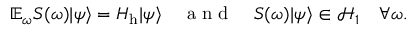
\mathbb { E } _ { \omega } S ( \omega ) | \psi \rangle = H _ { \mathrm { h } } | \psi \rangle \quad \mathrm { ~ a ~ n ~ d ~ } \quad S ( \omega ) | \psi \rangle \in \mathcal { H } _ { 1 } \quad \forall \omega .